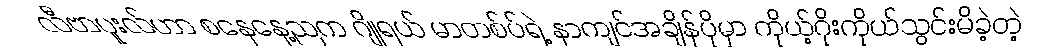
လီဗာပူးလ်ဟာ စနေနေ့ညက ဂျိုရယ် မာတစ်ပ်ရဲ့ နာကျင်အချိန်ပိုမှာ ကိုယ့်ဂိုးကိုယ်သွင်းမိခဲ့တဲ့